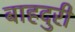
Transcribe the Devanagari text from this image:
बाहदुरी